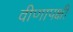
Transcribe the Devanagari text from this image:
वीणापक्षी